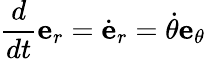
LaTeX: {\frac{d}{dt}}{\textbf{e}}_{r}={\dot{\textbf{e}}}_{r}={\dot{\theta}}{\textbf{e}}_{\theta}